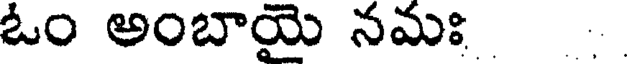
ఓం అంబాయై నమః